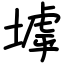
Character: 㙤